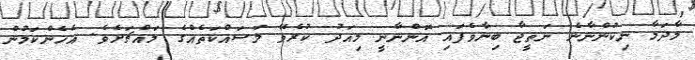
މާދަމާ ނިކުންނާނެ ނަތީޖާ ބިނާވެފައި އޮންނާނީ މިއަދު ކުރެވޭ މަސައްކަތެއްގެ މައްޗަށެވެ. އެހެންކަމުން